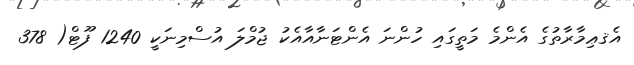
އެޤޢިމާރާތުގެ އެންމެ މަތީގައި ހުންނަ އެންޓަނާއާއެކު ޖުމްލަ އުސްމިނަކީ 1240 ފޫޓް( 378